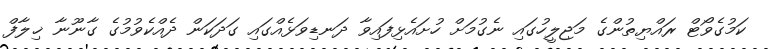
ކަމުގެވޯޓް ރައްޔިތުންގެ މަޖިލީހުގައި ނެގުމަށް ހުށައެޅިފައިވާ ދަނޑިވަޅެއްގައި ގަދަކަން ދެއްކެވުމުގެ ގާނޫނާ ޚިލާފް